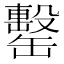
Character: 罊